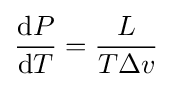
{\frac {\mathrm {d} P}{\mathrm {d} T}}={\frac {L}{T\Delta v}}